Senior Leaving Certificate Examination (including Day School Certificate (Higher) General paper), 1948
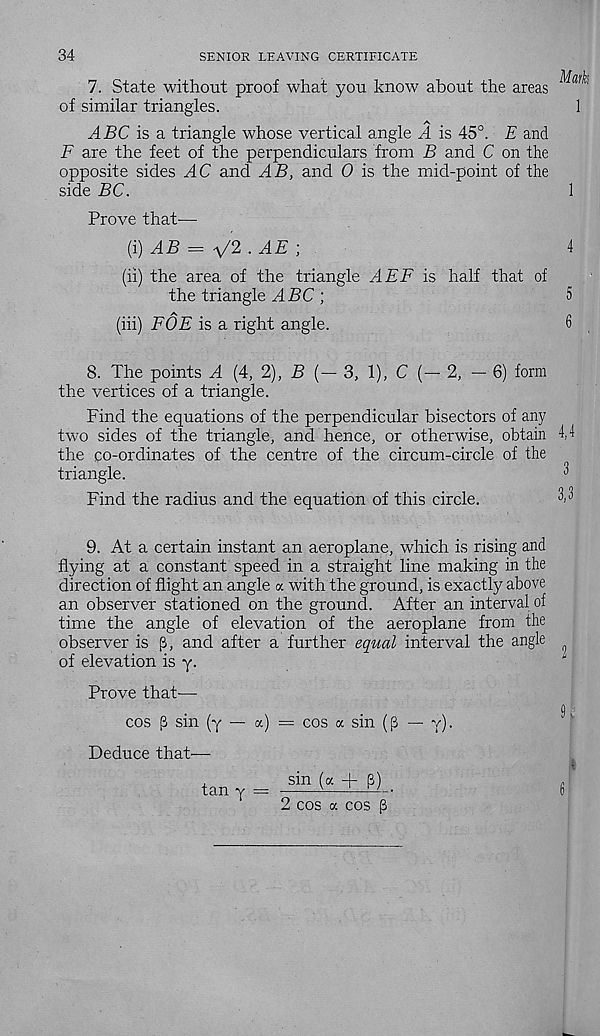
34
SENIOR LEAVING CERTIFICATE
7. State without proof what you know about the areas ^a r
of similar triangles.
1
ABC is a triangle whose vertical angle A is 45°. E and
F are the feet of the perpendiculars from B and C on the
opposite sides AC and AB, and 0 is the mid-point of the
side BC.
1
Prove that—
(i) AB = ^2 . AE ;
4
(ii) the area of the triangle AEF is half that of
the triangle ABC ]
5
(hi) FOE is a right angle.
o
8. The points A {4, 2), B (- 3, 1), C (- 2, - 6) form
the vertices of a triangle.
Find the equations of the perpendicular bisectors of any
two sides of the triangle, and hence, or otherwise, obtain 4,4
the co-ordinates of the centre of the circum-circle of the
triangle.
3
Find the radius and the equation of this circle.
3
9. At a certain instant an aeroplane, which is rising and
flying at a constant speed in a straight line making in the
direction of flight an angle a with the ground, is exactly above
an observer stationed on the ground. After an interval of
time the angle of elevation of the aeroplane from the
observer is p, and after a further equal interval the angle
of elevation is y.
Prove that—
9
cos (3 sin (y —- «) = cos a sin (p — y).
Deduce that-—
tan v = -—if + M-
([
2 COS a COS (3